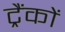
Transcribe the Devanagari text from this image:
ट्रैंकों